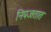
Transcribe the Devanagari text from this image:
निपजतात